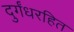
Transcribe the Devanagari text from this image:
दुर्गंधरहित